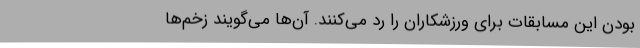
بودن این مسابقات برای ورزشکاران را رد می‌کنند. آن‌ها می‌گویند زخم‌ها